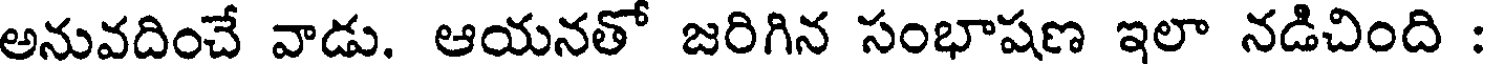
అనువదించే వాడు. ఆయనతో జరిగిన సంభాషణ ఇలా నడిచింది :